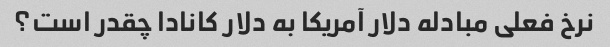
نرخ فعلی مبادله دلار آمریکا به دلار کانادا چقدر است؟